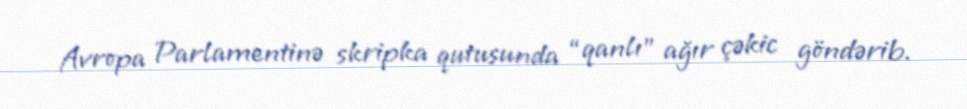
Avropa Parlamentinə skripka qutusunda “qanlı” ağır çəkic göndərib.